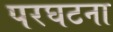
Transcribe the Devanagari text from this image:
परघटना